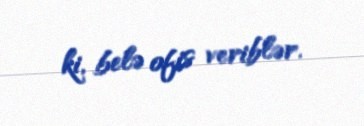
ki, belə ofis veriblər.